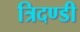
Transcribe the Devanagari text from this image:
त्रिदण्डी